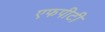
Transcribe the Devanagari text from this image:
एफपीटी